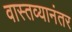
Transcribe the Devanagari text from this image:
वास्तव्यानंतर